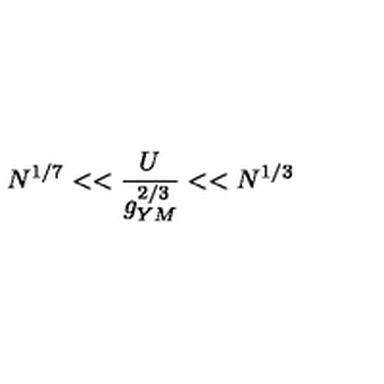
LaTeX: N ^ { 1 / 7 } < < \frac { U } { g _ { Y M } ^ { 2 / 3 } } < < N ^ { 1 / 3 }